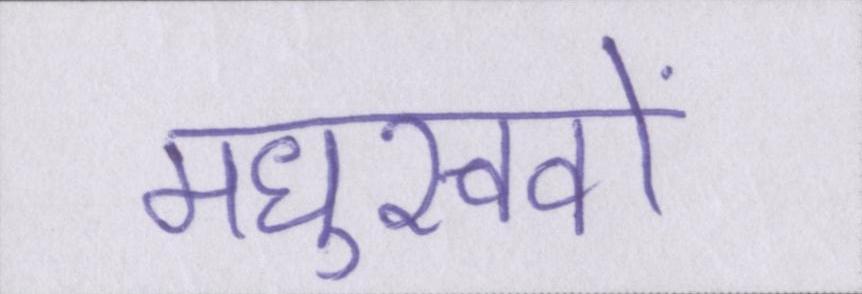
मधुखवों